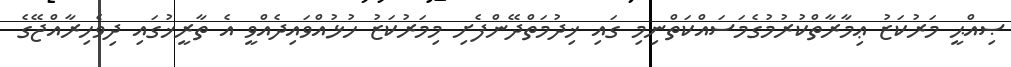
ޞިއްޙީ މަރުކަޒު ޢިމާރާތްކުރުމުގެމަސައްކަތްނިމި ގައި ޚިދުމަތްދޭންފެށި މިމަރުކަޒު ހުޅުއްވައިދެއްވީ އެ ތާރީޚުގައި ދިވެހިރާއްޖޭގެ